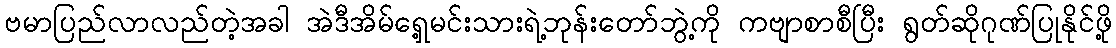
ဗမာပြည်လာလည်တဲ့အခါ အဲဒီအိမ်ရှေ့မင်းသားရဲ့ဘုန်းတော်ဘွဲ့ကို ကဗျာစာစီပြီး ရွတ်ဆိုဂုဏ်ပြုနိုင်ဖို့